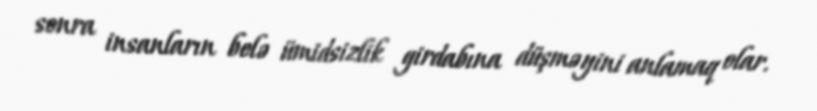
sonra insanların belə ümidsizlik girdabına düşməyini anlamaq olar.